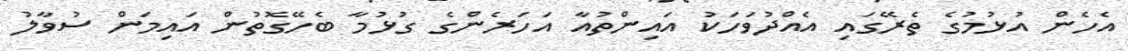
އެހެން އުޅުމުގެ ތެރޭގައި އެއްދުވަހަކު އައިންތުއާ އަހަރެންގެ ގުޅުމާ ބެހޭގޮތުން އައިމަން ސުވާލު